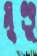
মুণ্ডু